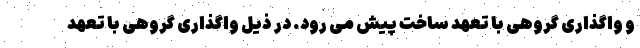
و واگذاری گروهی با تعهد ساخت پیش می رود. در ذیل واگذاری گروهی با تعهد